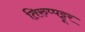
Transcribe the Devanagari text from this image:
तिरुप्पट्टूर